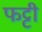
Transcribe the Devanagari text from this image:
फट्टी